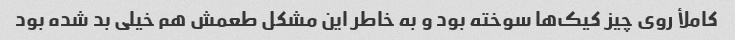
کاملأ روی چیز کیک‌ها سوخته بود و به خاطر این مشکل طعمش هم خیلی بد شده بود